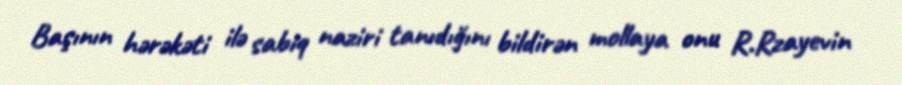
Başının hərəkəti ilə sabiq naziri tanıdığını bildirən mollaya onu R.Rzayevin